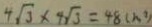
4 \sqrt { 3 } \times 4 \sqrt { 3 } = 4 8 ( m ^ { 2 } )